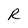
Character: R